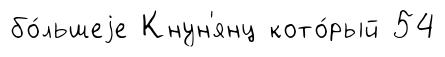
бо́льшеjе Кнун'янц кото́рый 54